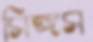
সিঙ্গস